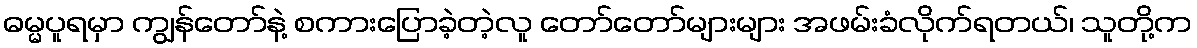
ဓမ္မပူရမှာ ကျွန်တော်နဲ့ စကားပြောခဲ့တဲ့လူ တော်တော်များများ အဖမ်းခံလိုက်ရတယ်၊ သူတို့က